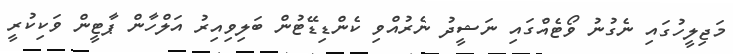
މަޖިލީހުގައި ނެގުނު ވޯޓެއްގައި ނަޝީދު ނެރުއްވި ކެންޑިޑޭޓުން ބަލިވިއިރު އަލްހާން ޕާޓީން ވަކިކުރީ